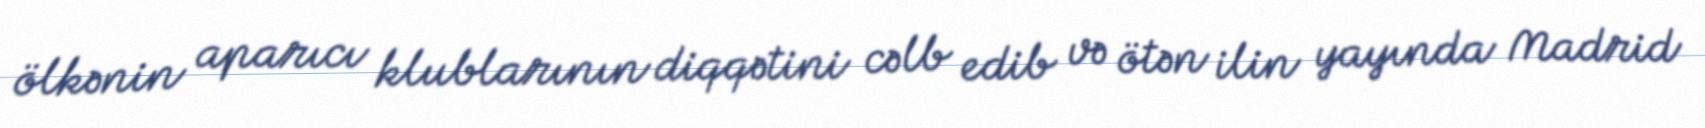
ölkənin aparıcı klublarının diqqətini cəlb edib və ötən ilin yayında Madrid